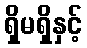
ရှိမရှိနှင့်